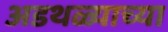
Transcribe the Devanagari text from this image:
अडथळ्याच्या